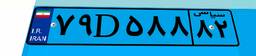
۷۹D۵۸۸۸۲